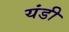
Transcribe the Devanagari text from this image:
यंडी